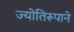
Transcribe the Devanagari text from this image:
ज्योतिरूपाने